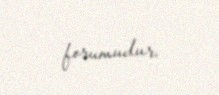
forumudur.